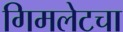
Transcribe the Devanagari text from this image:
गिमलेटचा